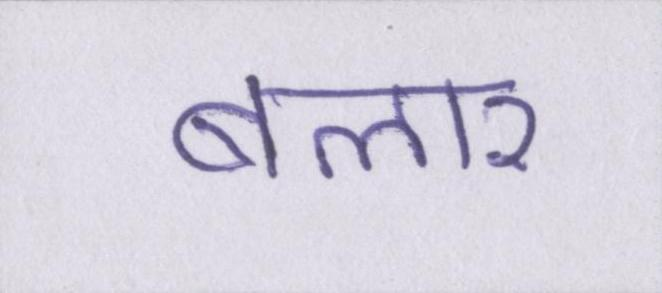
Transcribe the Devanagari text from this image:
बलार